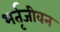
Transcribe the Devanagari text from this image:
भर्तृजीवन